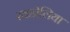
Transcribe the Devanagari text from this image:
खडोलिया